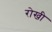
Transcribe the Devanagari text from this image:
रोखी